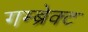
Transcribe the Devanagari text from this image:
गम्ब्रेक्ट